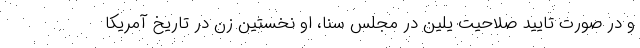
و در صورت تایید صلاحیت یلین در مجلس سنا، او نخستین زن در تاریخ آمریکا